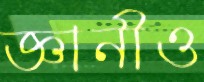
জ্ঞানীও